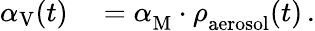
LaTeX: \begin{array}{rl}{\alpha_{\mathrm{V}}(t)}&{{}=\alpha_{\mathrm{M}}^{}\cdot\rho_{\mathrm{aerosol}}^{}(t)\, .}\end{array}